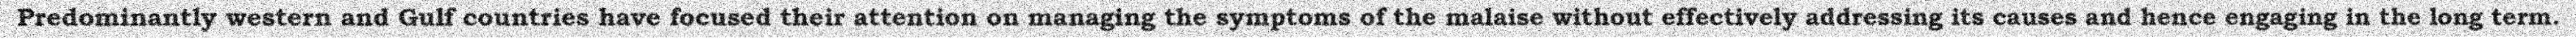
Predominantly western and Gulf countries have focused their attention on managing the symptoms of the malaise without effectively addressing its causes and hence engaging in the long term.